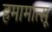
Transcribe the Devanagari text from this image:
हमामात्सू